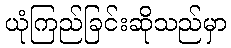
ယုံကြည်ခြင်းဆိုသည်မှာ